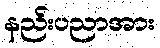
နည်းပညာအား